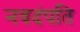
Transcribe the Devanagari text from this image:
नवदंपति